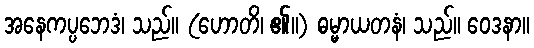
အနေကပ္ပဘေဒံ၊ သည်။ (ဟောတိ၊ ၏။) ဓမ္မာယတနံ၊ သည်။ ဝေဒနာ။